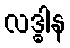
လဒ္ဓါန